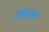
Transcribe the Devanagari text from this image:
रावसन